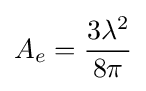
A_{e}={\frac {3\lambda ^{2}}{8\pi }}